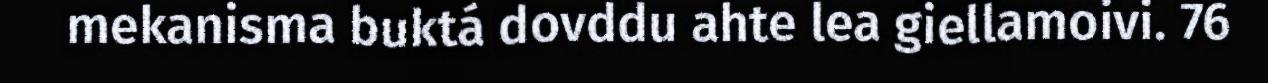
mekanisma buktá dovddu ahte lea giellamoivi. 76